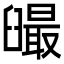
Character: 𦦣